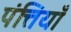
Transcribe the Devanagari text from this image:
पंत्तियाँ